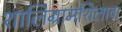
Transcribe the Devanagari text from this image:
शालिग्रामशिलावा